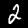
Digit: 2